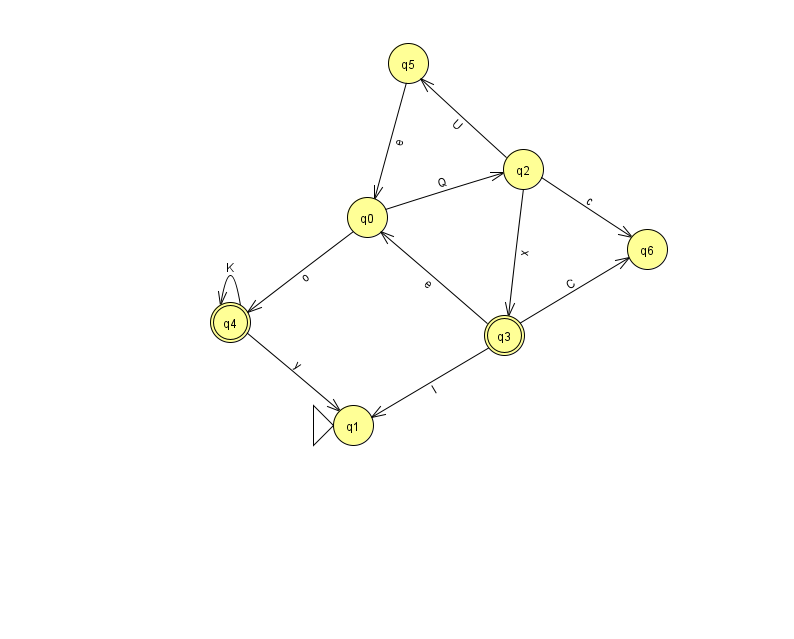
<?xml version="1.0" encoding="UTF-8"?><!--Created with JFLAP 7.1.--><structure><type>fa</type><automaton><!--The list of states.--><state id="0" name="q0"><x>367.0</x><y>204.0</y></state><state id="1" name="q1"><x>353.0</x><y>412.0</y><initial/></state><state id="2" name="q2"><x>523.0</x><y>156.0</y></state><state id="3" name="q3"><x>504.0</x><y>322.0</y><final/></state><state id="4" name="q4"><x>230.0</x><y>309.0</y><final/></state><state id="5" name="q5"><x>408.0</x><y>50.0</y></state><state id="6" name="q6"><x>647.0</x><y>236.0</y></state><!--The list of transitions.--><transition><from>0</from><to>2</to><read>Q</read></transition><transition><from>4</from><to>1</to><read>y</read></transition><transition><from>2</from><to>3</to><read>x</read></transition><transition><from>2</from><to>6</to><read>c</read></transition><transition><from>3</from><to>0</to><read>e</read></transition><transition><from>3</from><to>1</to><read>l</read></transition><transition><from>3</from><to>6</to><read>C</read></transition><transition><from>4</from><to>4</to><read>K</read></transition><transition><from>5</from><to>0</to><read>e</read></transition><transition><from>0</from><to>4</to><read>o</read></transition><transition><from>2</from><to>5</to><read>U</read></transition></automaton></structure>